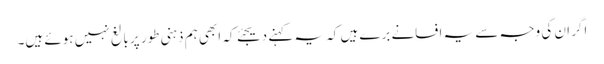
اگر ان کی وجہ سے یہ افسانے برے ہیں کہ یہ کہنے دیجئے کہ ابھی ہم ذہنی طور پر بالغ نہیں ہوئے ہیں۔